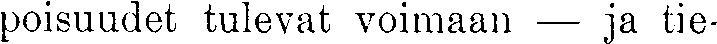
poisuudet tulevat voimaan — ja tie-